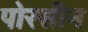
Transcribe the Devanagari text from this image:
पोरसीन